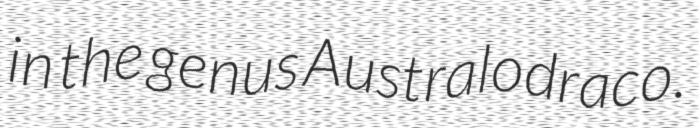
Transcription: in the genus Australodraco.